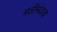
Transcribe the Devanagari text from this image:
मतीमंदत्व